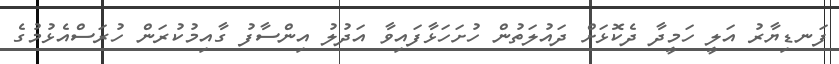
ފަނޑިޔާރު އަލީ ހަމީދާ ދެކޮޅަށް ދައުލަތުން ހުށަހަޅާފައިވާ އަދުލު އިންސާފު ގާއިމުކުރަން ހުރަސްއެޅުމުގެ